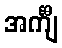
အင်္ကျီ